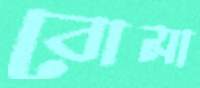
বোমা